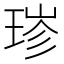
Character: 𬍮